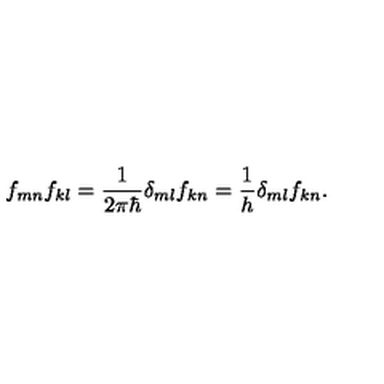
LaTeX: f _ { m n } \* f _ { k l } = \frac { 1 } { 2 \pi \hbar } \delta _ { m l } f _ { k n } = \frac { 1 } { h } \delta _ { m l } f _ { k n } .